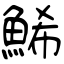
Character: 鯑